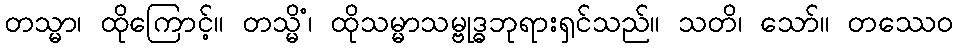
တသ္မာ၊ ထိုကြောင့်။ တသ္မိံ၊ ထိုသမ္မာသမ္ဗုဒ္ဓဘုရားရှင်သည်။ သတိ၊ သော်။ တဿေဝ